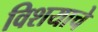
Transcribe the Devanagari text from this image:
विशयाचे